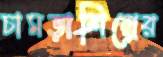
চামড়াশিল্পের